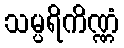
သမ္ပရိကိဏ္ဏံ